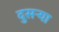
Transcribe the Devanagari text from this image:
दुसऱ्या